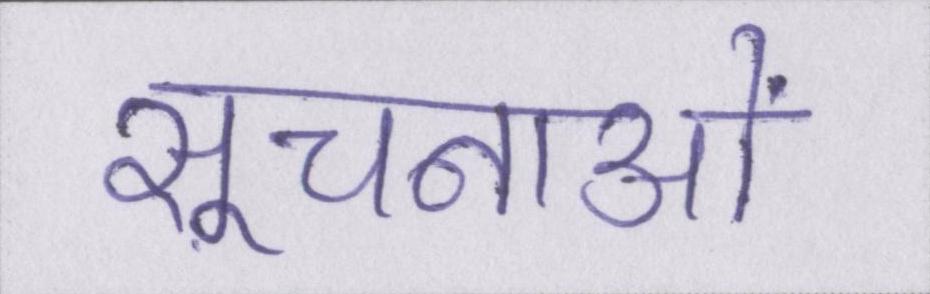
सूचनाओं